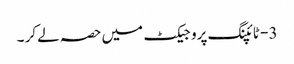
3 - ٹائپنگ پروجیکٹ میں حصہ لے کر ۔